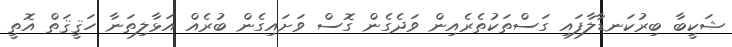
ޝަކީބާ ބިރުކަނޑާލާފައި ގަސްތަކުތެރެއިން ވަދެގެން ގޮސް ވަށައިގެން ބުރެއް އަޅާލިތަނާ ހަޤީޤަތް އޮތީ